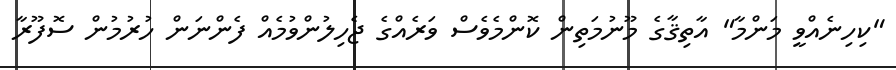
"ކިހިނެއްވީ މަންމާ" އާތިޤާގެ މޫނުމަތިން ކޮންމެވެސް ވަރެއްގެ ޖެހިލުންވުމެއް ފެންނަން ހުރުމުން ސޮފޫރާ